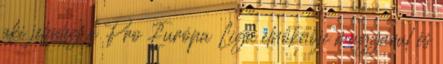
aki jelenleg a Pro Európa Liga elnöknője magyarul és